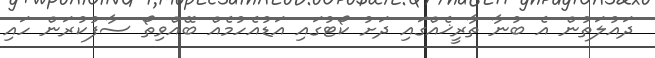
ދައުލަތުން އެ ބުނާ ތާރީޚެއްގައި ދަށު ކޯޓުގައި އަޑުއެހުމެއް ބޭއްވިތޯ ސާފުކުރަން ހައި